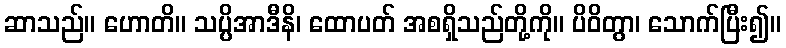
ဆာသည်။ ဟောတိ။ သပ္ပိအာဒီနိ၊ ထောပတ် အစရှိသည်တို့ကို။ ပိဝိတွာ၊ သောက်ပြီး၍။